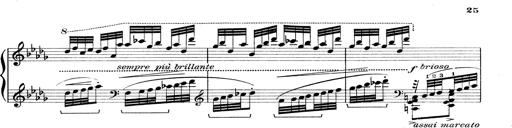
Title: Rapsodie: 19 ungheresi, 1 spagnuola
Composer: Franz Liszt